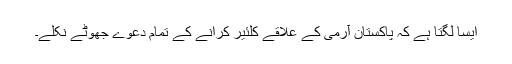
ایسا لگتا ہے کہ پاکستان آرمی کے علاقے کلئیر کرانے کے تمام دعوے جھوٹے نکلے۔